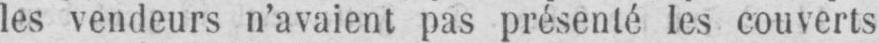
les vendeurs n’avaient pas présenté les couverts